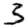
Digit: 3